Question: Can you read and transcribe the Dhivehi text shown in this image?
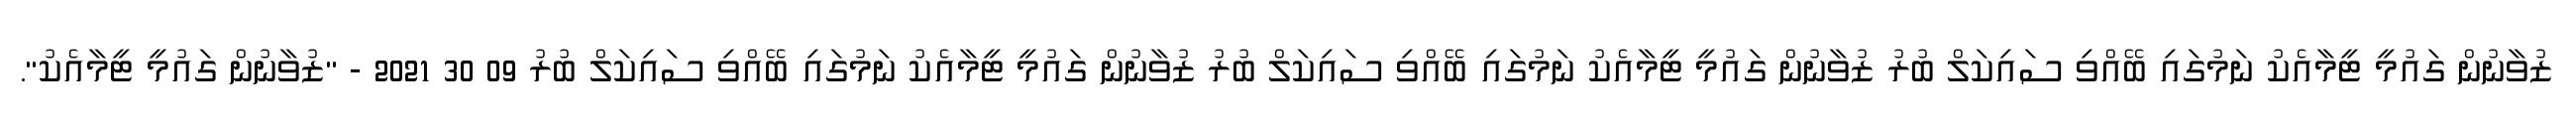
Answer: ޒުވާނުން ގައުމީ ޓީމާއެކު ނަމުގައި ބޭއްވި ސައިކަލް ބުރު ޒުވާނުން ގައުމީ ޓީމާއެކު ނަމުގައި ބޭއްވި ސައިކަލް ބުރު ޒުވާނުން ގައުމީ ޓީމާއެކު ނަމުގައި ބޭއްވި ސައިކަލް ބުރު 09 30 2021 - "ޒުވާނުން ގައުމީ ޓީމާއެކު".